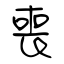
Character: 喪